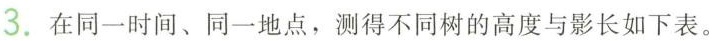
3.在同一时间、同一地点，测得不同树的高度与影长如下表。